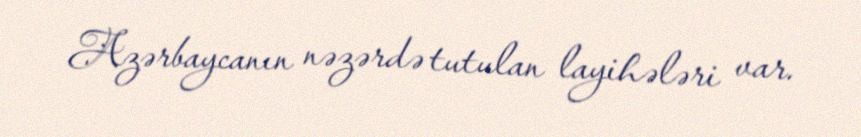
Azərbaycanın nəzərdə tutulan layihələri var.